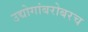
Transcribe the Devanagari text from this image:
उद्योगांबरोबरच